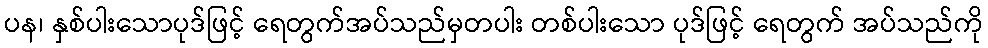
ပန၊ နှစ်ပါးသောပုဒ်ဖြင့် ရေတွက်အပ်သည်မှတပါး တစ်ပါးသော ပုဒ်ဖြင့် ရေတွက် အပ်သည်ကို